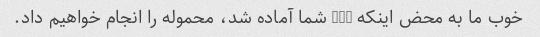
خوب ما به محض اینکه l/c شما آماده شد، محموله را انجام خواهیم داد.